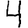
Digit: 4